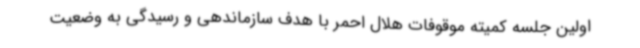
اولین جلسه کمیته موقوفات هلال احمر با هدف سازماندهی و رسیدگی به وضعیت